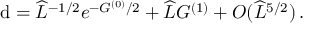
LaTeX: \mathrm { d } = \widehat { L } ^ { - 1 / 2 } e ^ { - G ^ { ( 0 ) } / 2 } + \widehat { L } G ^ { ( 1 ) } + { \cal O } ( \widehat { L } ^ { 5 / 2 } ) \, .